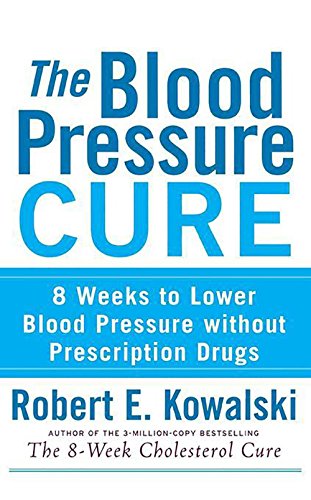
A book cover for The Blood Pressure Cure: 8 Weeks to Lower Blood Pressure without Prescription Drugs; Robert  E. Kowalski; Health, Fitness & Dieting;